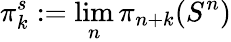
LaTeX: \pi_{k}^{s}:=\operatorname*{lim}_{n}\pi_{n+k}(S^{n})